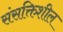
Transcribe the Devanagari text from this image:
संसक्तिशील